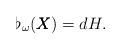
LaTeX: \begin{align*}\flat_{\omega} (\pmb{X})=dH. \end{align*}